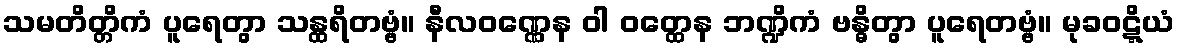
သမတိတ္တိကံ ပူရေတွာ သန္ထရိတဗ္ဗံ။ နီလဝဏ္ဏေန ဝါ ဝတ္ထေန ဘဏ္ဍိကံ ဗန္ဓိတွာ ပူရေတဗ္ဗံ။ မုခဝဋ္ဋိယံ